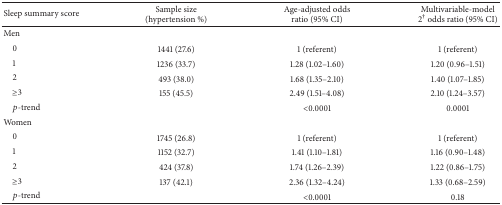
<table><thead><tr><td><b>Sleep summary score</b></td><td><b>Sample size (hypertension %)</b></td><td><b>Age-adjusted odds ratio (95% CI)</b></td><td><b>Multivariable-model 2<sup>†</sup> odds ratio (95% CI)</b></td></tr></thead><tbody><tr><td>Men</td><td> </td><td> </td><td> </td></tr><tr><td> 0</td><td>1441 (27.6)</td><td>1 (referent)</td><td>1 (referent)</td></tr><tr><td> 1</td><td>1236 (33.7)</td><td>1.28 (1.02–1.60)</td><td>1.20 (0.96–1.51)</td></tr><tr><td> 2</td><td>493 (38.0)</td><td>1.68 (1.35–2.10)</td><td>1.40 (1.07–1.85)</td></tr><tr><td> ≥3</td><td>155 (45.5)</td><td>2.49 (1.51–4.08)</td><td>2.10 (1.24–3.57)</td></tr><tr><td> <i>p</i>-trend</td><td> </td><td>&lt;0.0001</td><td>0.0001</td></tr><tr><td>Women</td><td> </td><td> </td><td> </td></tr><tr><td> 0</td><td>1745 (26.8)</td><td>1 (referent)</td><td>1 (referent)</td></tr><tr><td> 1</td><td>1152 (32.7)</td><td>1.41 (1.10–1.81)</td><td>1.16 (0.90–1.48)</td></tr><tr><td> 2</td><td>424 (37.8)</td><td>1.74 (1.26–2.39)</td><td>1.22 (0.86–1.75)</td></tr><tr><td> ≥3</td><td>137 (42.1)</td><td>2.36 (1.32–4.24)</td><td>1.33 (0.68–2.59)</td></tr><tr><td> <i>p</i>-trend</td><td> </td><td>&lt;0.0001</td><td>0.18</td></tr></tbody></table>